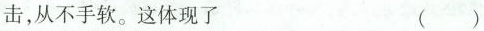
击，从不手软。这体现了 ()